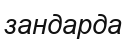
зандарда